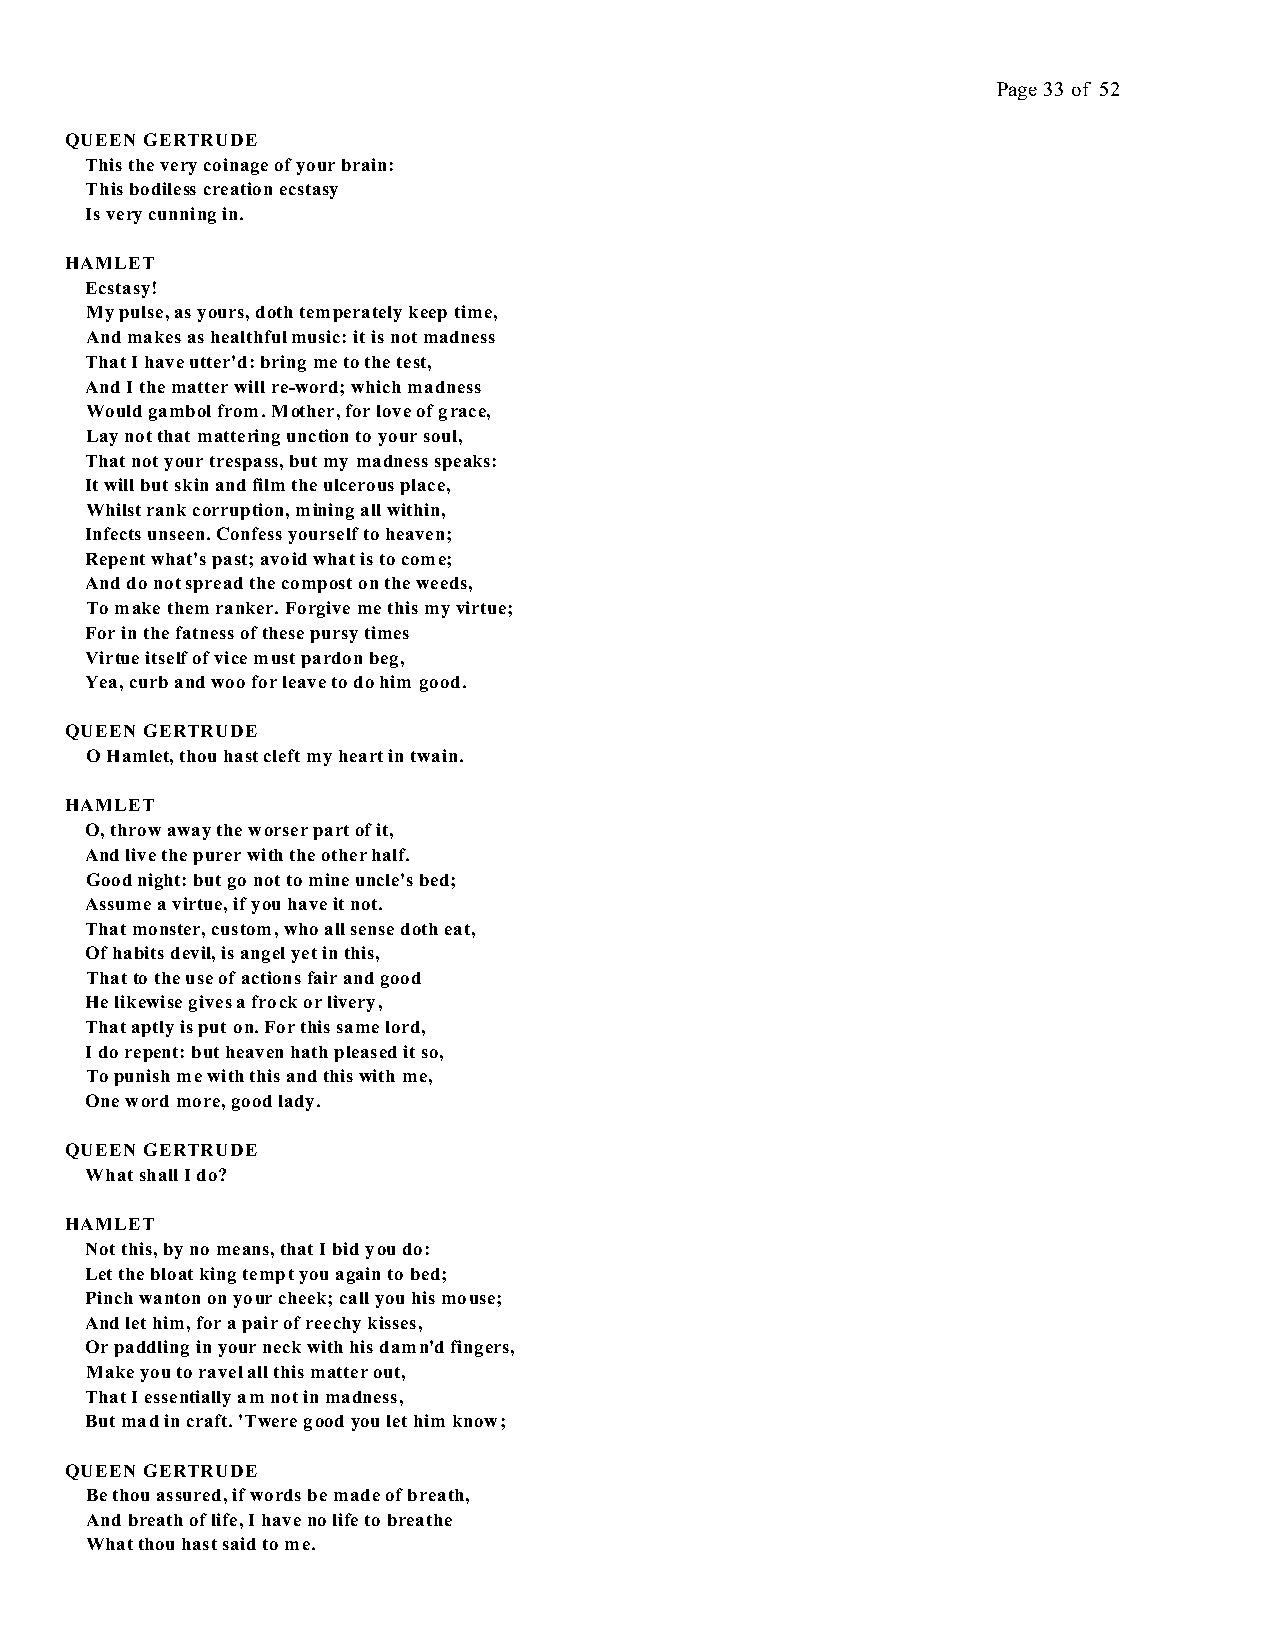
Page 33 of 52
 QUEEN GERTRUDE
 This the very coinage of your brain:
 This bodiless creation ecstasy
 Is very cunning in.
 HAMLET
 Ecstasy!
 My pulse, as yours, doth temperately keep time,
 And makes as healthful music: it is not madness
 That I have utter'd: bring me to the test,
 And I the matter will re-word; which madness
 Would gambol from. Mother, for love of grace,
 Lay not that mattering unction to your soul,
 That not your trespass, but my madness speaks:
 It will but skin and film the ulcerous place,
 Whilst rank corruption, mining all within,
 Infects unseen. Confess yourself to heaven;
 Repent what's past; avoid what is to come;
 And do not spread the compost on the weeds,
 To make them ranker. Forgive me this my virtue;
 For in the fatness of these pursy times
 Virtue itself of vice must pardon beg,
 Yea, curb and woo for leave to do him good.
 QUEEN GERTRUDE
 O Hamlet, thou hast cleft my heart in twain.
 HAMLET
 O, throw away the worser part of it,
 And live the purer with the other half.
 Good night: but go not to mine uncle's bed;
 Assume a virtue, if you have it not.
 That monster, custom, who all sense doth eat,
 Of habits devil, is angel yet in this,
 That to the use of actions fair and good
 He likewise gives a frock or livery,
 That aptly is put on. For this same lord,
 I do repent: but heaven hath pleased it so,
 To punish me with this and this with me,
 One word more, good lady.
 QUEEN GERTRUDE
 What shall I do?
 HAMLET
 Not this, by no means, that I bid you do:
 Let the bloat king tempt you again to bed;
 Pinch wanton on your cheek; call you his mouse;
 And let him, for a pair of reechy kisses,
 Or paddling in your neck with his damn'd fingers,
 Make you to ravel all this matter out,
 That I essentially am not in madness,
 But mad in craft. 'Twere good you let him know;
 QUEEN GERTRUDE
 Be thou assured, if words be made of breath,
 And breath of life, I have no life to breathe
 What thou hast said to me.